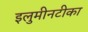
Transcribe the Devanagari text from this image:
इलुमीनटीका